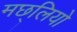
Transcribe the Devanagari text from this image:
मछ्लियो